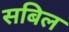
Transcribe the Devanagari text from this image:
सबिल